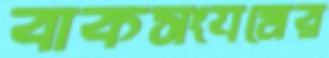
বাকসংযমের